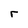
Character: r